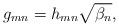
LaTeX: \begin{align*}{g_{mn}} = {h_{mn}}\sqrt {{\beta _n}},\end{align*}